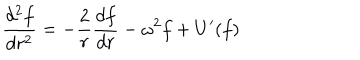
\frac { d ^ { 2 } f } { d r ^ { 2 } } = - \frac { 2 } { r } \frac { d f } { d r } - \omega ^ { 2 } f + U ^ { \prime } ( f )